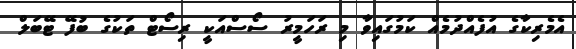
އެމެރިކާގެ އުފެއްދުމެއް ކަމުގައިވާ މި ރަހަމީރު ސޯސްއަކީ ރިސޯޓް ތަކުގެ ބުފޭ ޓޭބަލް